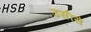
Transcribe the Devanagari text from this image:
उसीसे